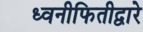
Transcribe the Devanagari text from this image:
ध्वनीफितीद्वारे